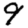
Digit: 9